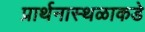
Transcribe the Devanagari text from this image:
प्रार्थनास्थळाकडे